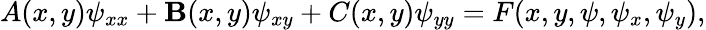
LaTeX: A(x,y)\psi_{xx}+\mathbf{B}(x,y)\psi_{xy}+C(x,y)\psi_{yy}=F(x,y,\psi,\psi_{x},\psi_{y}),